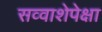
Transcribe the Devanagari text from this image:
सव्‍वाशेपेक्षा